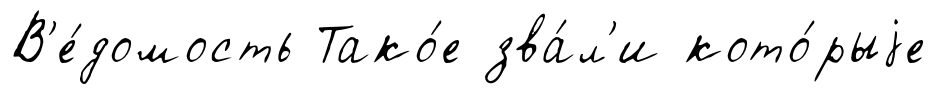
В'е́домость Тако́е зва́л'и кото́рыjе